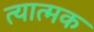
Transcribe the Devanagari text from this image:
त्यात्मक